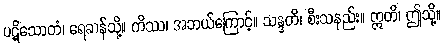
ပဋိသောတံ၊ ရေဆန်သို့။ ကိဿ၊ အဘယ်ကြောင့်။ သန္ဒတိ၊ စီးသနည်း။ ဣတိ၊ ဤသို့။